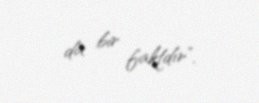
da bir faktdır”.